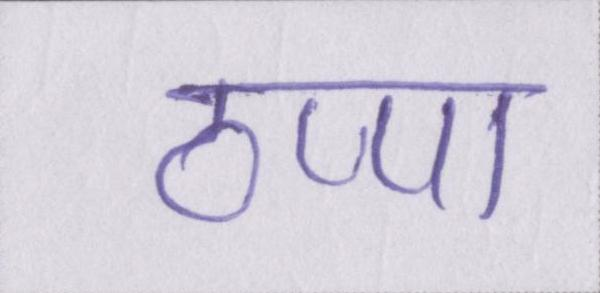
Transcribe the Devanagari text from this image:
ठप्पा